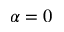
\alpha = 0